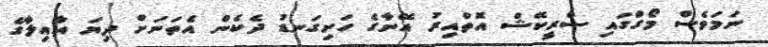
ނަމަވެސް މޯގްގައި ސްރީކޭޝް އޮތްއިރު އޭނާގެ ހަށިގަނޑު ދެކެން އެތަނަށް ދިޔަ އާއިލާގެ